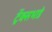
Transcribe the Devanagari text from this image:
ट्रॅक्सभाडे